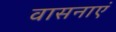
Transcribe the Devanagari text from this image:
वासनाएं